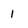
Character: 1